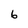
Character: 6